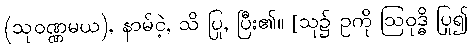
(သုဝဏ္ဏမယ), နာမ်ငဲ့, သိ ပြု, ပြီး၏။ [သု၌ ဥကို ဩဝုဒ္ဓိ ပြု၍